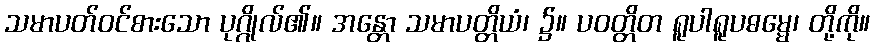
သမာပတ်ဝင်စားသော ပုဂ္ဂိုလ်၏။ အန္တော သမာပတ္တိယံ၊ ၌။ ပဝတ္တိတ ရူပါရူပဓမ္မေ၊ တို့ကို။